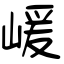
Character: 嵈